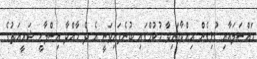
މައްސަލައާއި ގުޅިގެން އިއްވާފައިވާ ހުކުމްގައި ބުނެފައިވަނީ އެ ދެ މާއްދާ އިސްލާމީ ޝަރީއަތުގެ